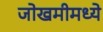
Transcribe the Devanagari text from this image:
जोखमीमध्ये